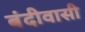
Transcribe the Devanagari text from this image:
बंदीवासी